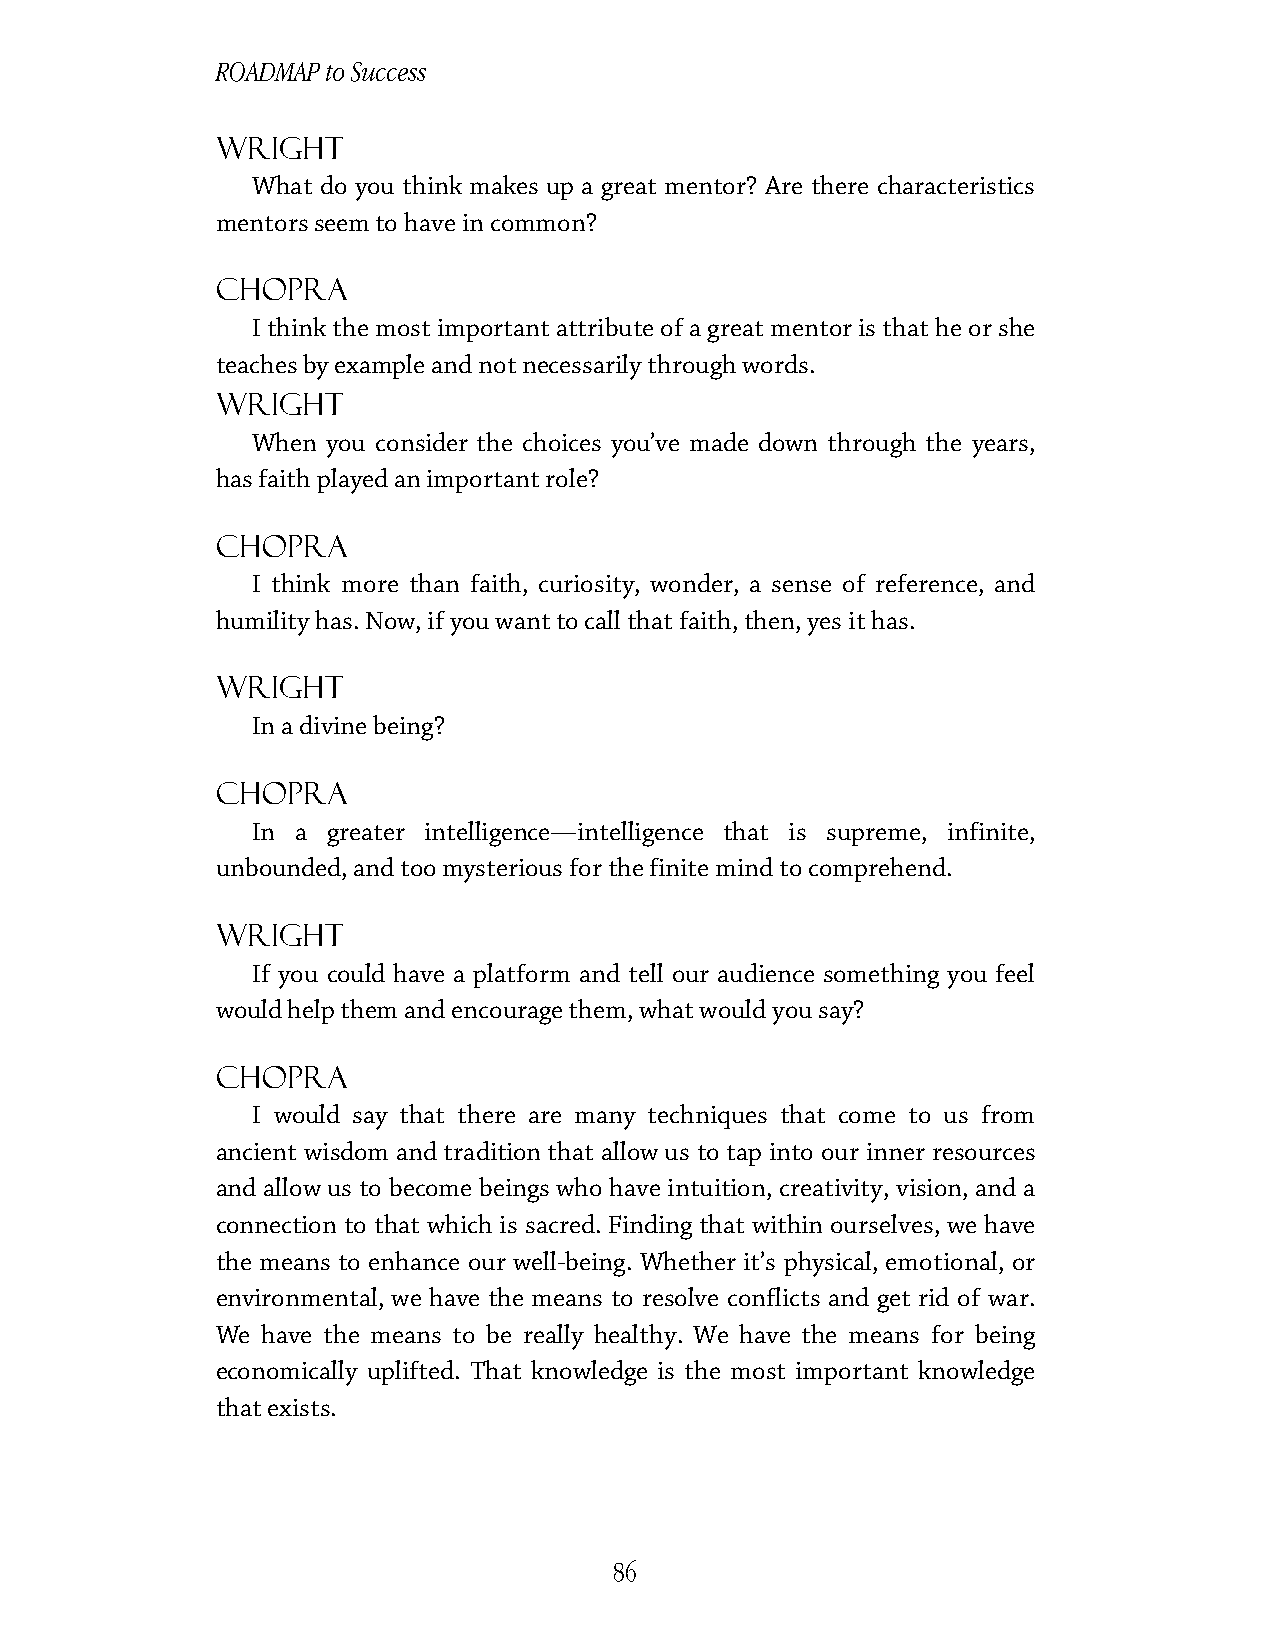
ROADMAP to Success
 Wright
 What do you think makes up a great mentor? Are there characteristics
 mentors seem to have in common?
 Chopra
 I think the most important attribute of a great mentor is that he or she
 teaches by example and not necessarily through words.
 Wright
 When you consider the choices you’ve made down through the years,
 has faith played an important role?
 Chopra
 I think more than faith, curiosity, wonder, a sense of reference, and
 humility has. Now, if you want to call that faith, then, yes it has.
 Wright
 In a divine being?
 Chopra
 In a greater intelligence—intelligence that is supreme, infinite,
 unbounded, and too mysterious for the finite mind to comprehend.
 Wright
 If you could have a platform and tell our audience something you feel
 would help them and encourage them, what would you say?
 Chopra
 I would say that there are many techniques that come to us from
 ancient wisdom and tradition that allow us to tap into our inner resources
 and allow us to become beings who have intuition, creativity, vision, and a
 connection to that which is sacred. Finding that within ourselves, we have
 the means to enhance our well-being. Whether it’s physical, emotional, or
 environmental, we have the means to resolve conflicts and get rid of war.
 We have the means to be really healthy. We have the means for being
 economically uplifted. That knowledge is the most important knowledge
 that exists.
 86